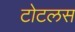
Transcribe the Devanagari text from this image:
टोटलस